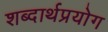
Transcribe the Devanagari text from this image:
शब्दार्थप्रयोग